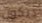
ديكون